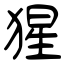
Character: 猩